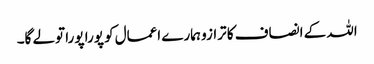
اللہ کے انصاف کا ترازو ہمارے اعمال کو پورا پورا تولے گا۔